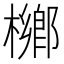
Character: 𣜼